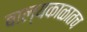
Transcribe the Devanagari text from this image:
बाल्यकाळातच